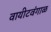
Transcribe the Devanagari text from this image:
वायीटवंगाळ